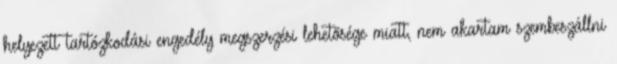
helyezett tartózkodási engedély megszerzési lehetõsége miatt, nem akartam szembeszállni